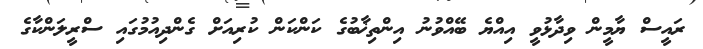
ރައީސް ޔާމީން ވިދާޅުވީ އިއްޔެ ބޭއްވުނު އިންތިޚާބުގެ ކަންކަން ކުރިއަށް ގެންދިއުމުގައި ސްރީލަންކާގެ